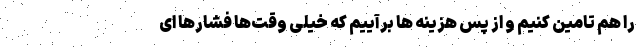
را هم تامین کنیم و از پس هزینه ها برآییم که خیلی وقت‌ها فشارها ای